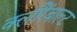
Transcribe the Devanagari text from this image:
क्लीरेंबाल्ट